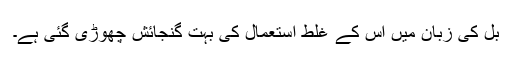
بل کی زبان میں اس کے غلط استعمال کی بہت گنجائش چھوڑی گئی ہے۔